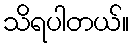
သိရပါတယ်။